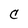
Character: C